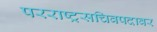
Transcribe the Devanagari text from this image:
परराष्ट्रसचिवपदावर